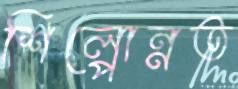
শিল্পোন্নত